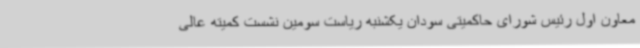
معاون اول رئیس شورای حاکمیتی سودان یکشنبه ریاست سومین نشست کمیته عالی